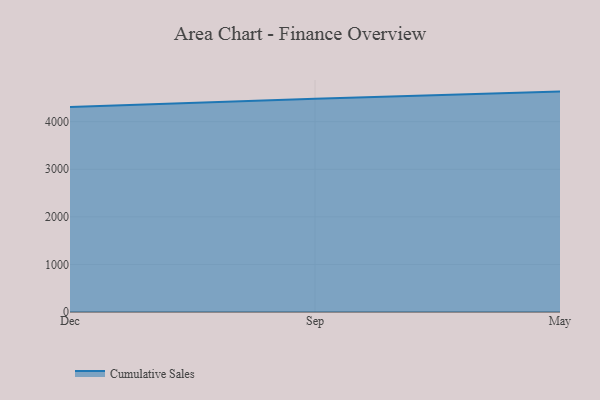
{"axis": {"x": "Month", "y": "Inventory Turnover"}, "legend": ["Cumulative Sales"], "data": [{"x": "Dec", "y": 4307.9, "type": "Cumulative Sales"}, {"x": "Sep", "y": 4482.7, "type": "Cumulative Sales"}, {"x": "May", "y": 4632.7, "type": "Cumulative Sales"}]}